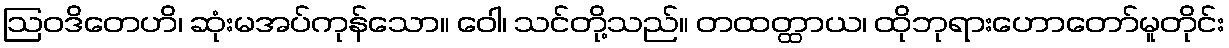
ဩဝဒိတေဟိ၊ ဆုံးမအပ်ကုန်သော။ ဝေါ၊ သင်တို့သည်။ တထတ္ထာယ၊ ထိုဘုရားဟောတော်မူတိုင်း